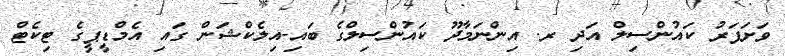
ވަށަފަރު ކައުންސިލް އަދި ރ. އިންނަމާދޫ ކައުންސިލްގެ ބައި-އިލެކްޝަން ގައި އެމްޑީޕީގެ ޓިކެޓް